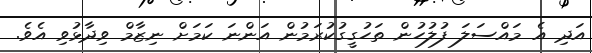
އަދި އެ މައްސަލަ ފުލުހުން ތަހުގީގުކުރަމުން އަންނަ ކަމަށް ނިޒާމް ވިދާޅުވި އެވެ.